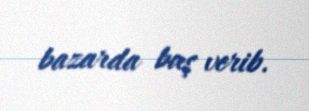
bazarda baş verib.